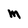
Character: M